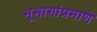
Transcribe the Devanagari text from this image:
भूभागांप्रमाणे